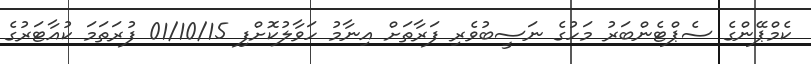
ކެމްޕޭންގެ ސެޕްޓެންބަރު މަހުގެ ނަސީބުވެރި ފަރާތަށް އިނާމު ހަވާލުކޮށްފި 01/10/15 ފުރަތަމަ ކުއާޓަރުގެ